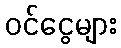
ဝင်ငွေများ